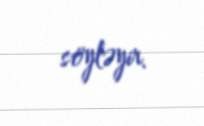
söyləyir.